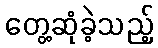
တွေ့ဆုံခဲ့သည့်